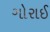
ગોરાઈ